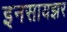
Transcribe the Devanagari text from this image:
इनसायझर